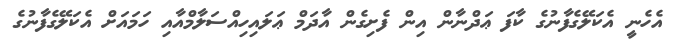
އެހެނީ އެކަލޭގެފާނުގެ ކާފަ ޢަދްނާން އިން ފެށިގެން އާދަމް ޢަލައިހިއްސަލާމްއާއި ހަމައަށް އެކަލޭގެފާނުގެ